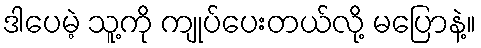
ဒါပေမဲ့ သူ့ကို ကျုပ်ပေးတယ်လို့ မပြောနဲ့။